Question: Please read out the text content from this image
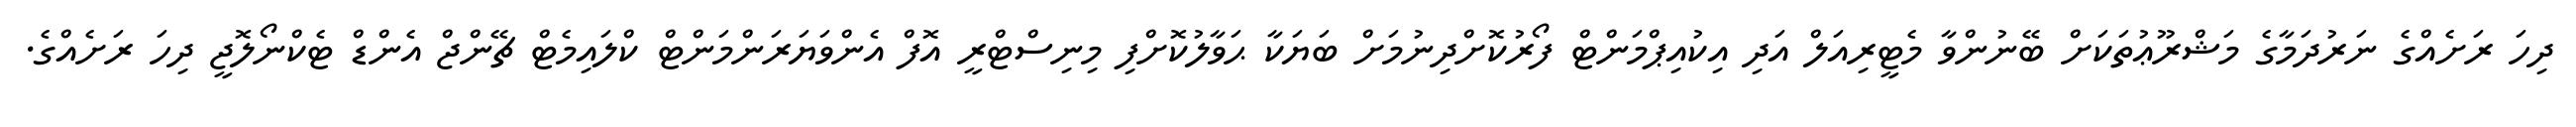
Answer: ދިހަ ރަށެއްގެ ނަރުދަމާގެ މަޝްރޫޢުތަކަށް ބޭނުންވާ މެޓީރިއަލް އަދި އިކުއިޕްމަންޓް ފޯރުކޮށްދިނުމަށް ބަޔަކާ ޙަވާލުކޮށްފި މިނިސްޓްރީ އޮފް އެންވަޔަރަންމަންޓް ކްލައިމެޓް ޗޭންޖް އެންޑް ޓެކްނޯލޮޖީ ދިހަ ރަށެއްގެ.